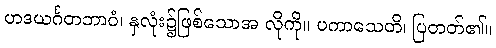
ဟဒယင်္ဂတဘာဝံ၊ နှလုံး၌ဖြစ်သောအ လိုကို။ ပကာသေတိ၊ ပြတတ်၏။